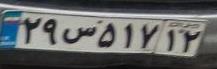
۲۹س۵۱۷۱۲